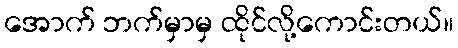
အောက် ဘက်မှာမှ ထိုင်လို့ကောင်းတယ်။